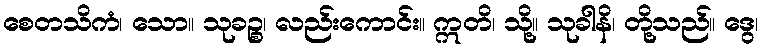
စေတသိကံ၊ သော။ သုခဉ္စ၊ လည်းကောင်း။ ဣတိ၊ သို့။ သုခါနိ၊ တို့သည်။ ဒွေ၊